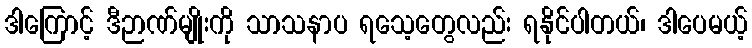
ဒါကြောင့် ဒီဉာဏ်မျိုးကို သာသနာပ ရသေ့တွေလည်း ရနိုင်ပါတယ်၊ ဒါပေမယ့်